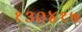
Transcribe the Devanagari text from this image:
१३०४१७